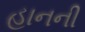
હાનની